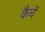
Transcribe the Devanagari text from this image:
कैचें